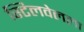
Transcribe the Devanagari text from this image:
स्टिलवेलला